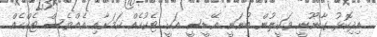
އިދިކޮޅު ގާނޫނީ ވަކީލުން ބުނަނީ އޭޑީސީ އަކީ ޓެކުހެއް ކަމަށާއި އެއްވެސް ޓެކްހެއް